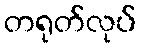
တရုတ်လုပ်